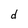
Character: d